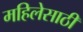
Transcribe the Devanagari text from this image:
महिलेसाठी